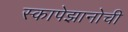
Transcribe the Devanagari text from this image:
स्कापेझानोची